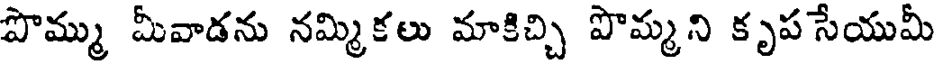
పొమ్ము మీవాడను నమ్మికలు మాకిచ్చి పొమ్మని కృప సేయుమీ